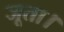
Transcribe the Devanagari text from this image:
जूता।